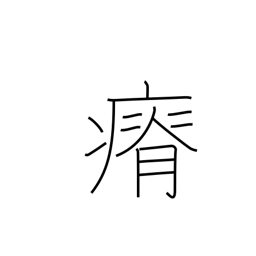
Meaning: lose weight